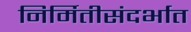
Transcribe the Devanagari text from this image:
निर्मितीसंदर्भात